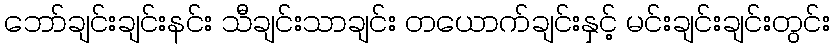
ဘော်ချင်းချင်းနင်း သီချင်းသာချင်း တယောက်ချင်းနှင့် မင်းချင်းချင်းတွင်း